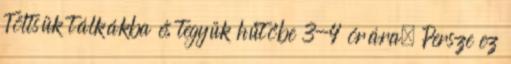
Töltsük tálkákba és tegyük hűtőbe 3-4 órára. Persze ez